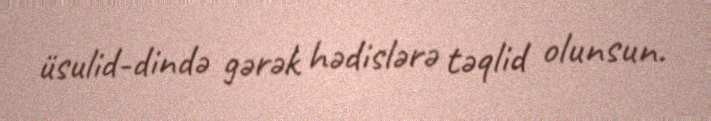
üsulid-dində gərək hədislərə təqlid olunsun.